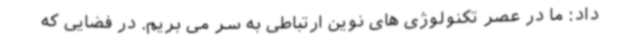
داد: ما در عصر تکنولوژی های نوین ارتباطی به سر می بریم. در فضایی که